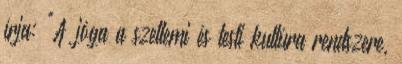
írja: "A jóga a szellemi és testi kultúra rendszere,